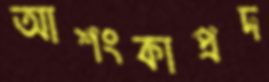
আশংকাপ্রদ